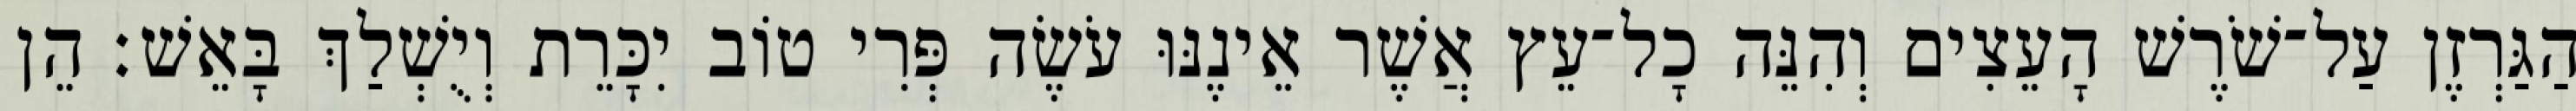
הַגַּרְזֶן עַל־שֹׁרֶשׁ הָעֵצִים וְהִנֵּה כָל־עֵץ אֲשֶׁר אֵינֶנּוּ עֹשֶׂה פְּרִי טוֹב יִכָּרֵת וְיֻשְׁלַךְ בָּאֵשׁ׃ הֵן